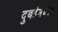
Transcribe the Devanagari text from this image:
दुबईमध्येच